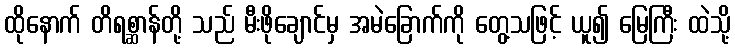
ထိုနောက် တိရစ္ဆာန်တို့ သည် မီးဖိုချောင်မှ အမဲခြောက်ကို တွေ့သဖြင့် ယူ၍ မြေကြီး ထဲသို့